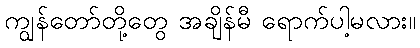
ကျွန်တော်တို့တွေ အချိန်မီ ရောက်ပါ့မလား။